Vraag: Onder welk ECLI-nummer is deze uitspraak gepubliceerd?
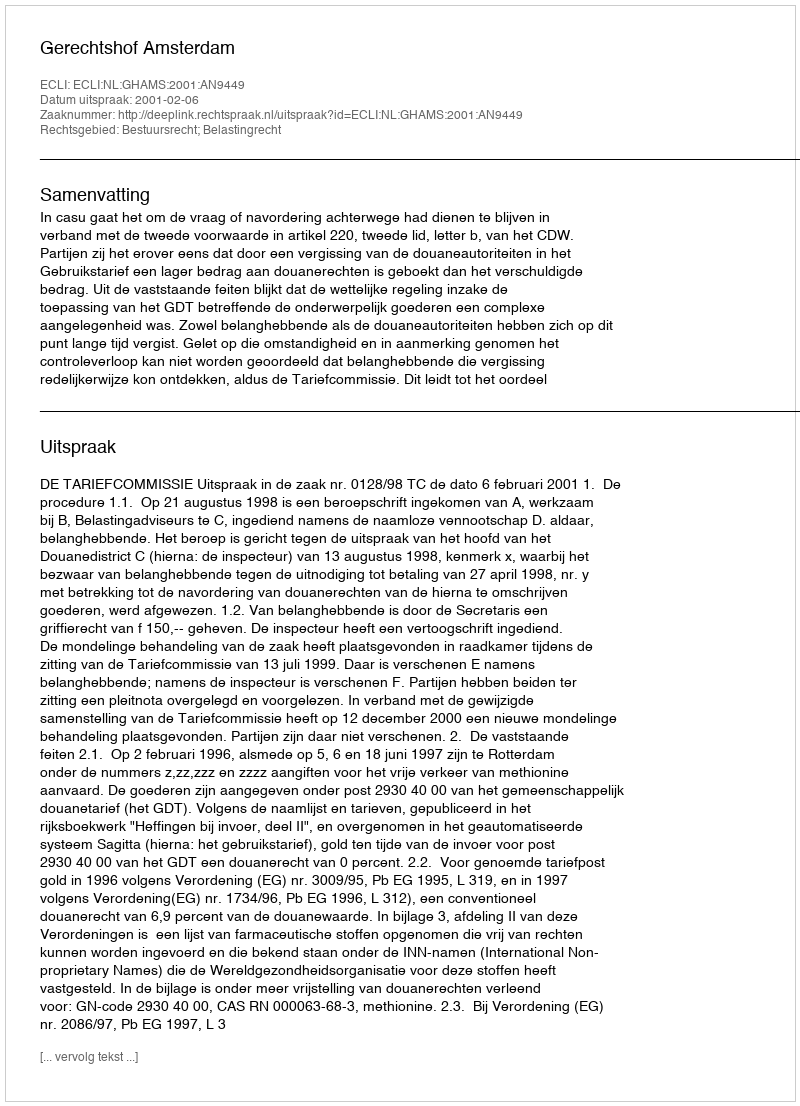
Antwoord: ECLI:NL:GHAMS:2001:AN9449